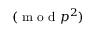
( { \textrm { m o d } } p ^ { 2 } )